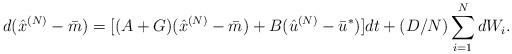
LaTeX: \begin{align*}d (\hat x^{(N)}-\bar m) = [(A+G) (\hat x^{(N)}-\bar m) +B(\hat u^{(N)}-\bar u^*) ]dt +(D/N)\sum_{i=1}^N dW_i. \end{align*}